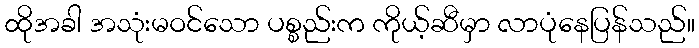
ထိုအခါ အသုံးမဝင်သော ပစ္စည်းက ကိုယ့်ဆီမှာ လာပုံနေပြန်သည်။